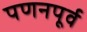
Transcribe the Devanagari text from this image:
पणनपूर्व